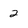
Character: 2